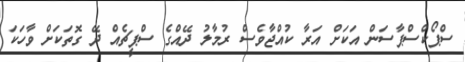
ސްޕޯކްސްޕާސަން އަކަށް އަރާ ކުއްޖާވެސް ރުމާލު ދޭއްގެ ސްޕީޗެއް ދޭ ގޮތަކަށް ވާހަކަ